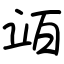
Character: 竡